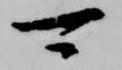
可